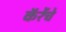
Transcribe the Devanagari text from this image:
कॅरेंचे